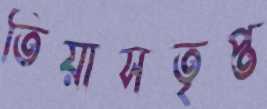
তিয়াসতৃপ্ত